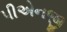
પીએનજી